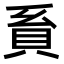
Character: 𧴺